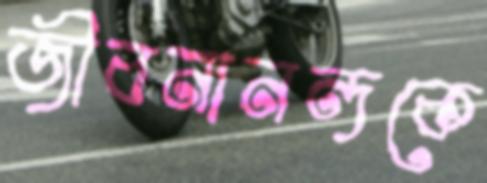
জীবনানন্দকে